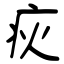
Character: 疢